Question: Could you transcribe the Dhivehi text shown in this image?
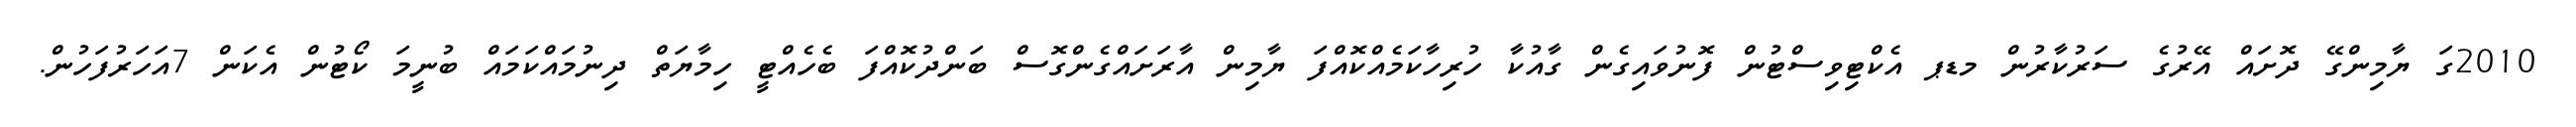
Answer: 2010ގަ ޔާމިންގޭ ދޮށައް އޭރުގެ ސަރުކާރުން މޑޕ އެކްޓިވިސްޓުން ފޮނުވައިގެން ގާއުކާ ހުރިހާކަމެއްކޮއްފަ ޔާމިން އާރަށައްގެންގޮސް ބަންދުކޮއްފަ ބެހެއްޓީ ހިމާޔަތް ދިނުމައްކަމައް ބުނީމަ ކޯޓުން އެކަން 7އަހަރުފަހުން.